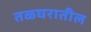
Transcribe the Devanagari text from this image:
तळघरातील